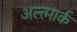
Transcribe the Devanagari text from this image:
अल्त्मार्क